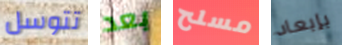
تتوسل بعد مسلح بإبعاد